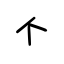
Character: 个